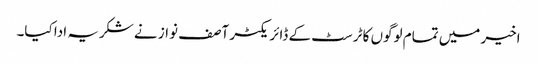
اخیر میں تمام لوگوں کا ٹرسٹ کے ڈائریکٹر آصف نواز نے شکریہ ادا کیا۔